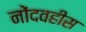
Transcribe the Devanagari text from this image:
नोंदवहीस